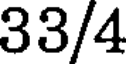
33/4